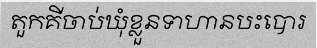
តួកគីចាប់ឃុំខ្លួនទាហានបះបោរ